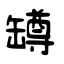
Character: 罇